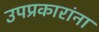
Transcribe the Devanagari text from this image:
उपप्रकारांना